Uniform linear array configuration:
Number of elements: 32
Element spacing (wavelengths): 1
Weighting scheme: hann
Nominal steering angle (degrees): -15
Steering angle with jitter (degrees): -13.592
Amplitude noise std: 0.05
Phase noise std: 0.05

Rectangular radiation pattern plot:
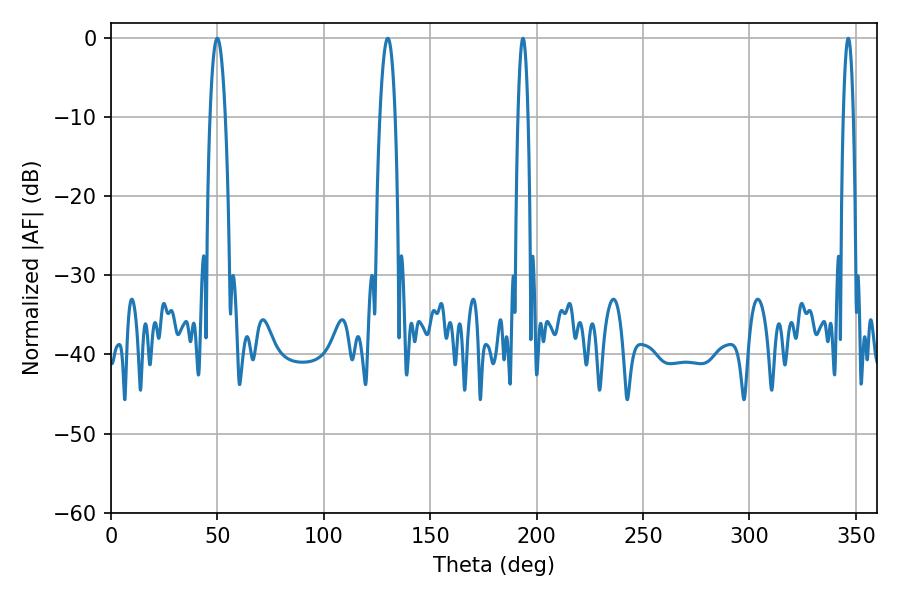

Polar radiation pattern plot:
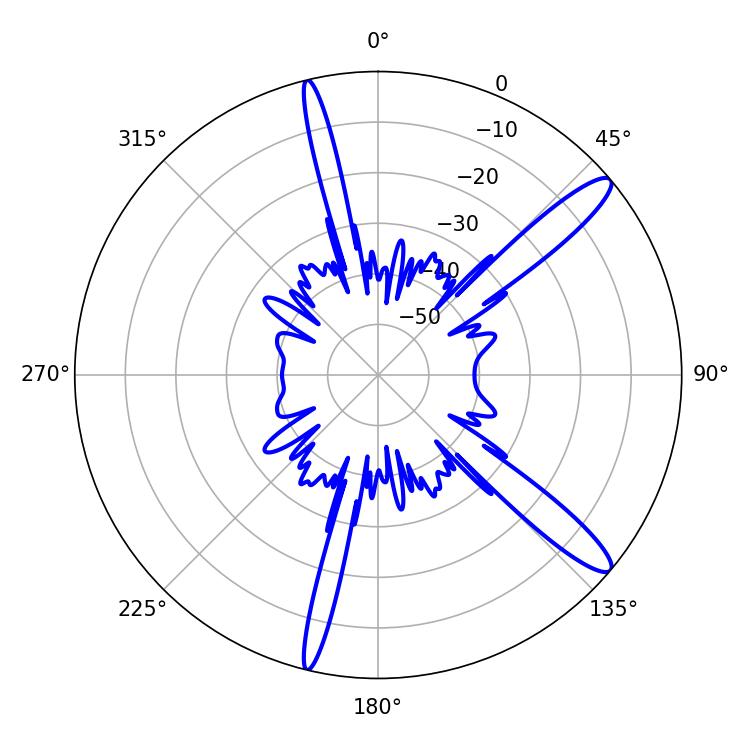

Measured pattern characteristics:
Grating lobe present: TRUE
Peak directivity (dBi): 13.374
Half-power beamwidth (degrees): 3.96
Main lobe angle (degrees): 49.86